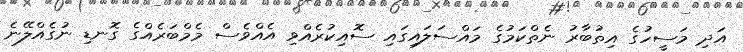
އަދި މަސީހުގެ އިތުބާރު ނެތްކަމުގެ މައްސަލައިގައި ސޮއިކުރެއްވި އެއްވެސް މެމްބަރެއްގެ ގޮނޑި ނުގެއްލޭނެ